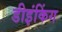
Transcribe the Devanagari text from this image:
डीइंकिंग